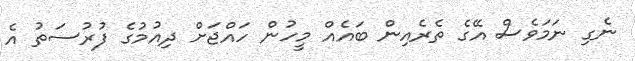
ނެގި ނަމަވެސް އޭގެ ތެރެއިން ބައެއް މީހުން ހައްޖަށް ދިއުމުގެ ފުރުސަތު އެ